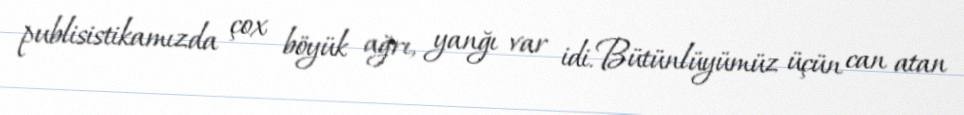
publisistikamızda çox böyük ağrı, yanğı var idi. Bütünlüyümüz üçün can atan